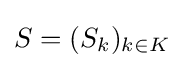
S=(S_{k})_{k\in K}